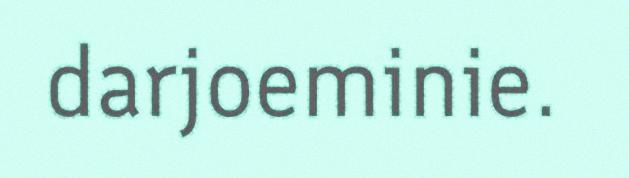
darjoeminie.